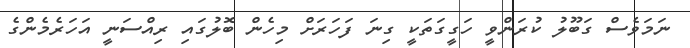
ނަމަވެސް ގަބޫލު ކުރަންވީ ހަގީގަތަކީ ގިނަ ފަހަރަށް މިހެން ބޮލުގައި ރިއްސަނީ އަހަރެމެންގެ